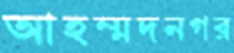
আহম্মদনগর